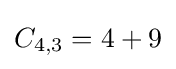
C_{4,3}=4+9